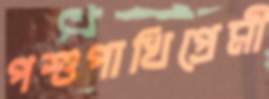
পশুপাখিপ্রেমী